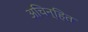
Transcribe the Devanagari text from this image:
अचिन्हित